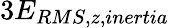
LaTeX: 3E_{RMS,z,inertia}